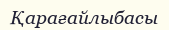
Қарағайлыбасы